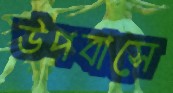
উপবাসে